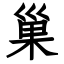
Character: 巢